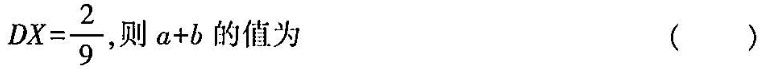
$$D X = \frac { 2 } { 9 }$$ 则$$a + b$$的值为 ( )